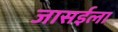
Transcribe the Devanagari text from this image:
जासईला